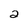
Character: 2